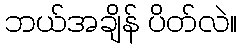
ဘယ်အချိန် ပိတ်လဲ။